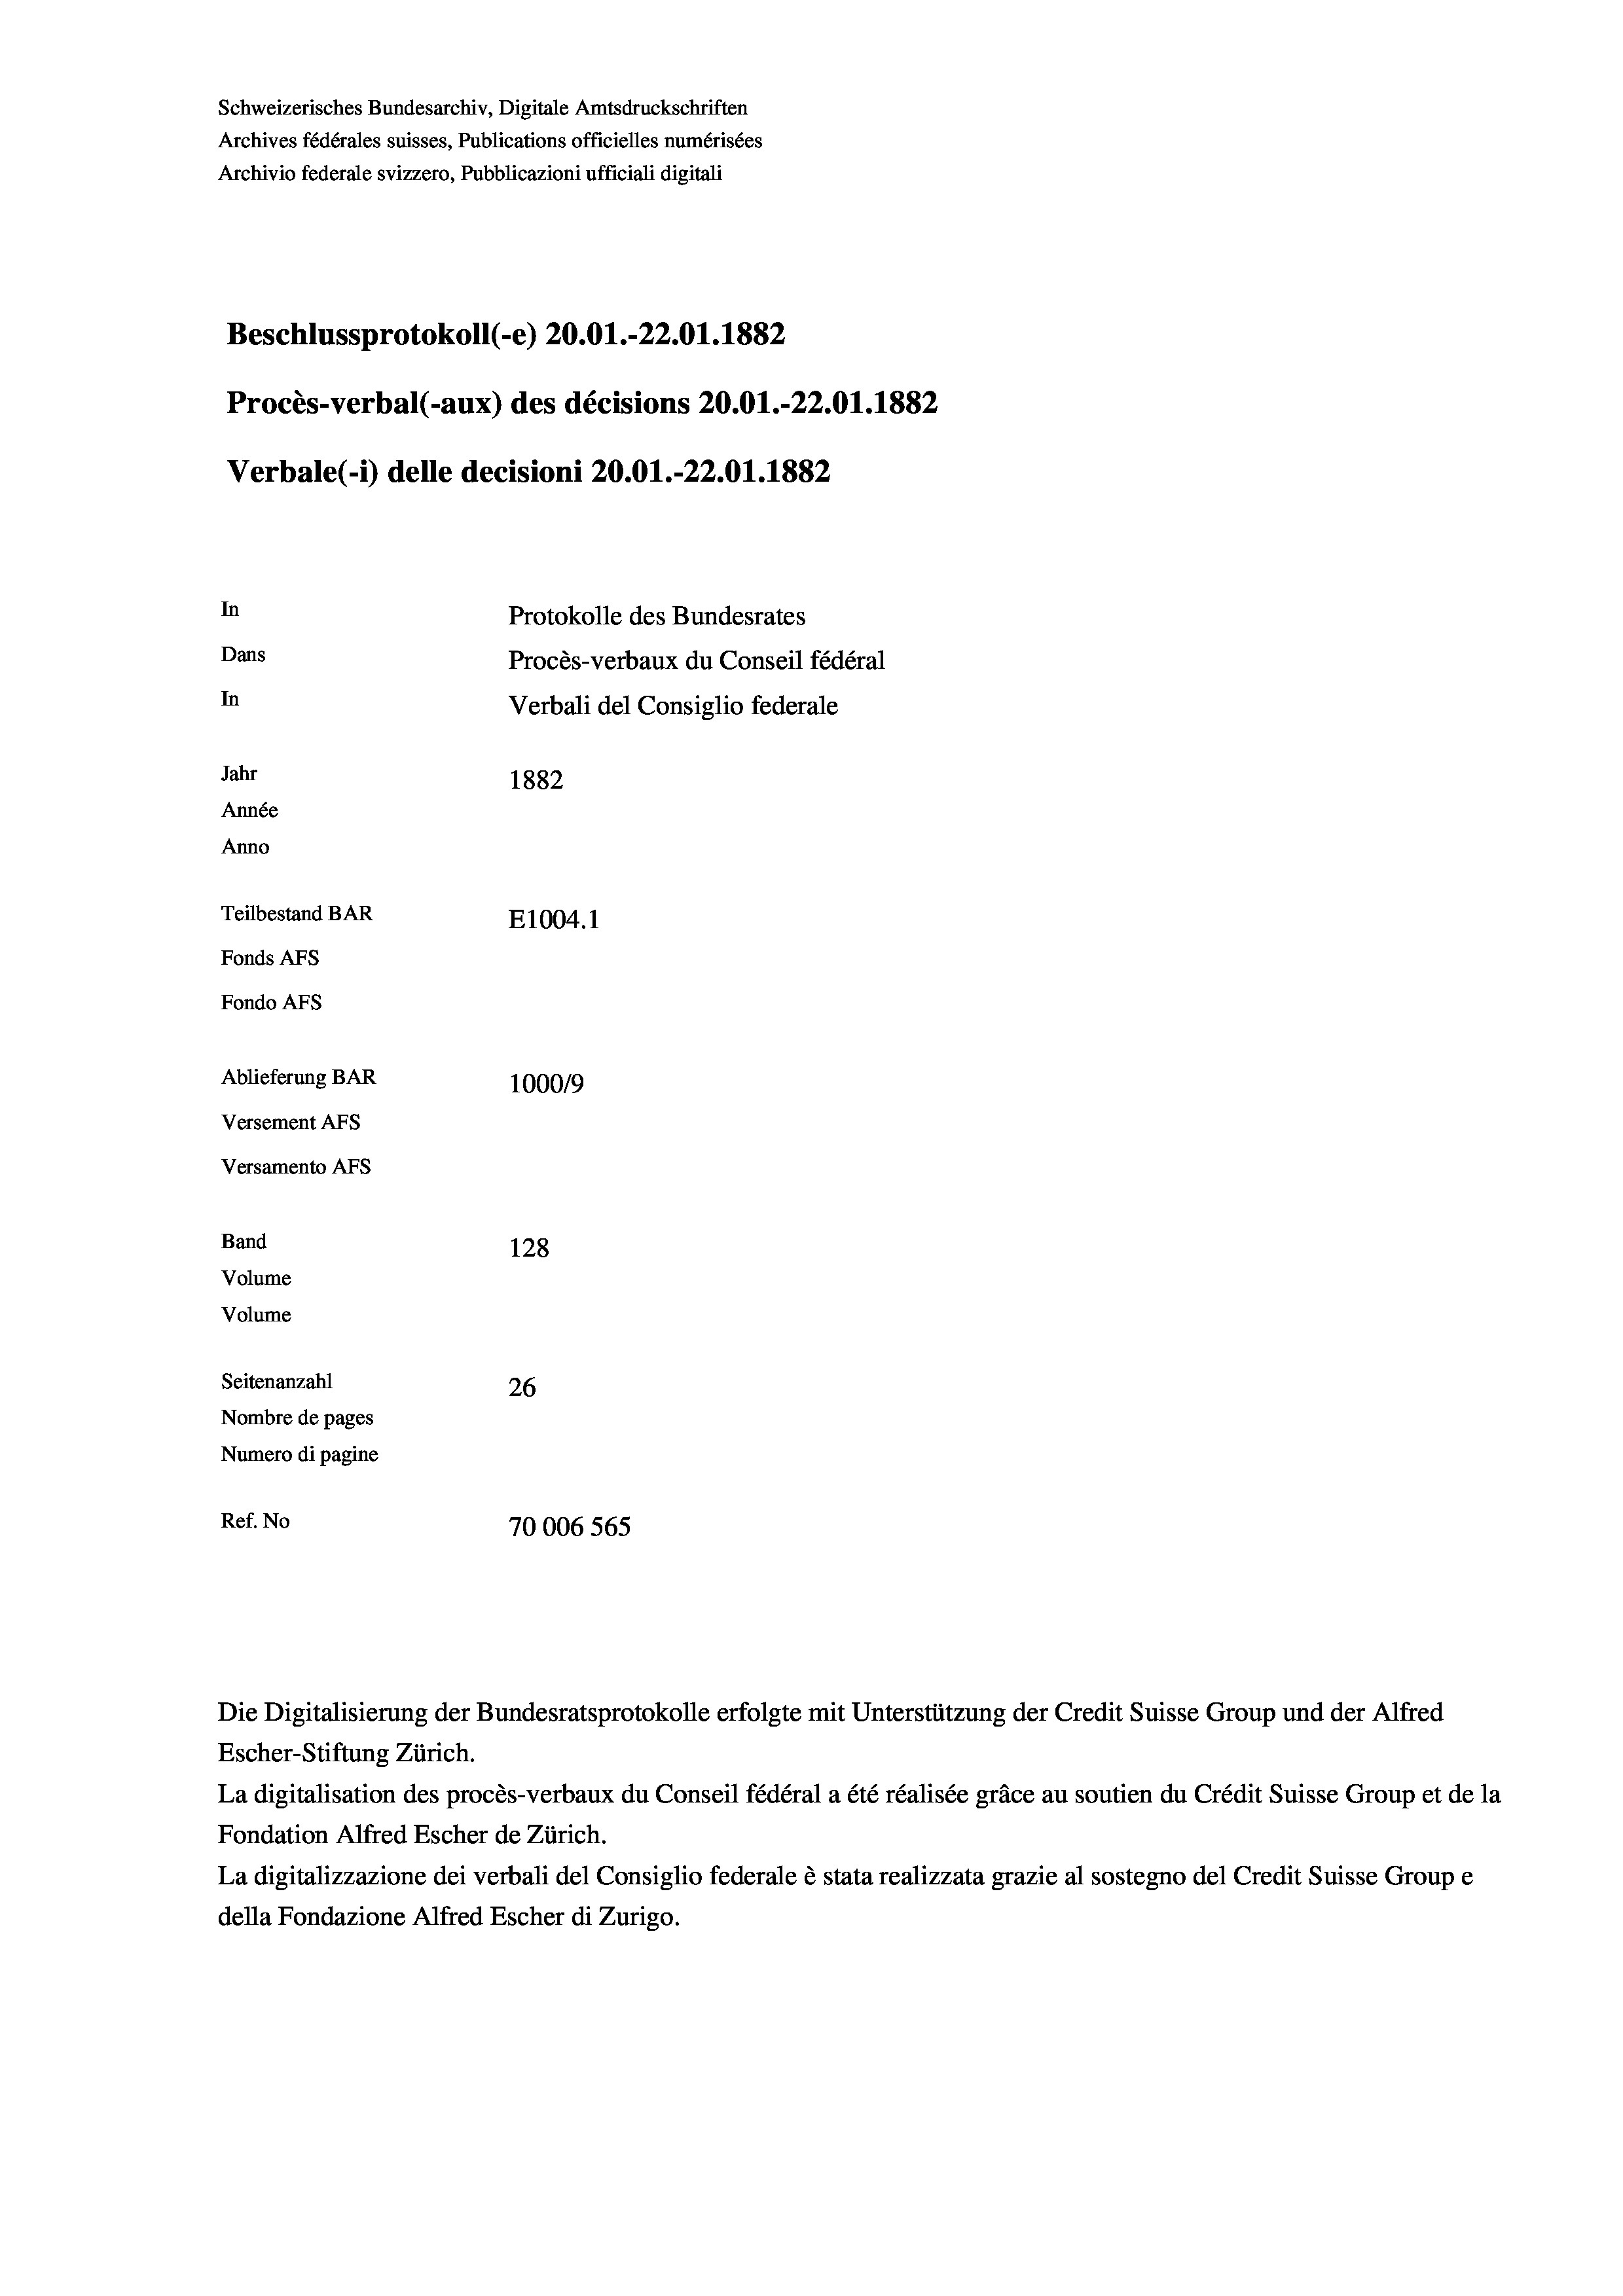
Schweizerisches Bundesarchiv, Digitale Amtsdruckschriften
Archives fédérales suisses, Publications officielles numérisées
Archivio federale svizzero, Pubblicazioni ufficiali digitali
Beschlussprotokoll (-e) 20.01.-22.01. 1882
Procès-verbal (-aux) des décisions 20.01.-22.01. 1882
Verbale(-*) delle decisioni 20.01.-22.01. 1882
In
Protokolle des Bundesrates
Dans
Procès-verbaux du Conseil fédéral
In
Verbali del Consiglio federale
Jahr
1882
Année
Anno
Teilbestand BAR
E1004. 1
Fonds AFs
Fondo Afs
Ablieferung BAR
10009
Versement Ans
Versamento AFs
Band
128
Volume
Volume

Seitenanzahl
26
Nombre de pages
Numero di pagine
Ref. No
70006 565

Escher-Stiftung Zürich.
La digitalisation des procès-verbaux du Conseil fédéral a été réalisée gräce au soutien du Crédit Suisse Group et de la
Fondation Alfred Escher de Zürich.
La digitalizzazione dei verbali del Consiglio federale è stata realizzata grazie al sostegno del Credit Suisse Groupe
della Fondazione Alfred Escher di Zurigo.

Die Digitalisierung der Bundesratsprotokolle erfolgte mit Unterstützung der Credit Suisse Group und der Alfred